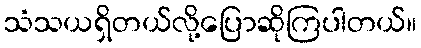
သံသယရှိတယ်လို့ပြောဆိုကြပါတယ်။